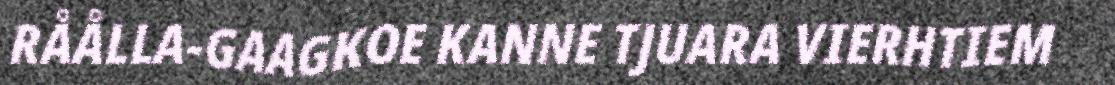
RÅÅLLA-GAAGKOE KANNE TJUARA VIERHTIEM